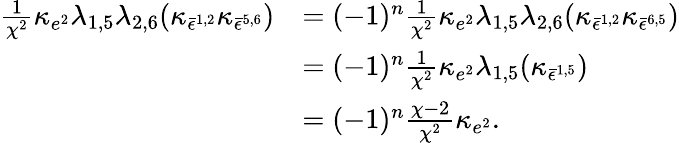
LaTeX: \begin{array}{rl}{\frac{1}{\chi^{2}}\kappa_{e^{2}}\lambda_{1,5}\lambda_{2,6}(\kappa_{\bar{\epsilon}^{1,2}}\kappa_{\bar{\epsilon}^{5,6}})}&{=(-1)^{n}\frac{1}{\chi^{2}}\kappa_{e^{2}}\lambda_{1,5}\lambda_{2,6}(\kappa_{\bar{\epsilon}^{1,2}}\kappa_{\bar{\epsilon}^{6,5}})}\\ &{=(-1)^{n}\frac{1}{\chi^{2}}\kappa_{e^{2}}\lambda_{1,5}(\kappa_{\bar{\epsilon}^{1,5}})}\\ &{=(-1)^{n}\frac{\chi-2}{\chi^{2}}\kappa_{e^{2}}.}\end{array}